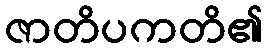
ဇာတိပကတိ၏